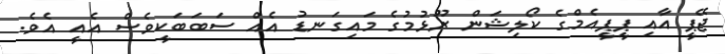
ޖޭޕީ އާއި ޕީޕީއެމްގެ ކޯލިޝަން ރޫޅުމުގެ މައިގަނޑު އެއް ސަބަބަކީވެސް އެއީ އެވެ.